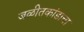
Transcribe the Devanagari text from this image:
जळीतकांडाचा